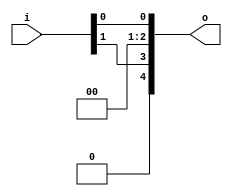
module bsg_unconcentrate_static_09
(
  i,
  o
);

  input [1:0] i;
  output [4:0] o;
  wire [4:0] o;
  wire o_3_,o_0_;
  assign o[4] = 1'b0;
  assign o[2] = 1'b0;
  assign o[1] = 1'b0;
  assign o_3_ = i[1];
  assign o[3] = o_3_;
  assign o_0_ = i[0];
  assign o[0] = o_0_;

endmodule